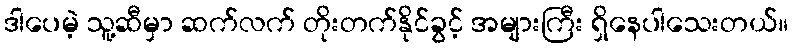
ဒါပေမဲ့ သူ့ဆီမှာ ဆက်လက် တိုးတက်နိုင်ခွင့် အများကြီး ရှိနေပါသေးတယ်။